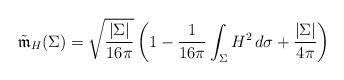
LaTeX: \begin{align*}\tilde{\mathfrak{m}}_H(\Sigma)=\sqrt{\frac{|\Sigma|}{16\pi}}\left(1-\frac{1}{16\pi}\int_{\Sigma}H^2\, d\sigma+\frac{|\Sigma|}{4\pi}\right)\end{align*}